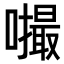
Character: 𪢚